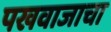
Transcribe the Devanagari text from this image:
पखवाजाचा